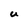
Character: U